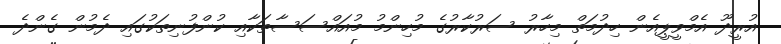
އުރީދޫ އެމްވީޕީއެން ހިދުމަތް މިހާރު ސަރުކާރުގެ މުހިންމު މުއައްސަސާތަކާއި ކުންފުނިތަކުގައި ދެމުން ގެންދެ